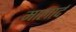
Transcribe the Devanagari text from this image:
मालार्द